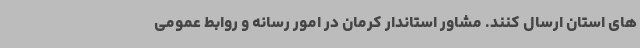
های استان ارسال کنند. مشاور استاندار کرمان در امور رسانه و روابط عمومی